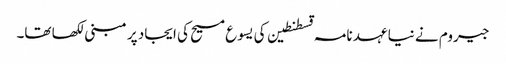
جیروم نے نیا عہد نامہ قسطنطین کی یسوع مسیح کی ایجاد پر مبنی لکھا تھا۔